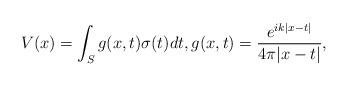
LaTeX: \begin{align*} V(x)=\int_S g(x,t) \sigma(t) dt, g(x,t)=\frac{e^{ik|x-t|}}{4\pi |x-t|},\end{align*}